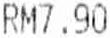
RM7.90